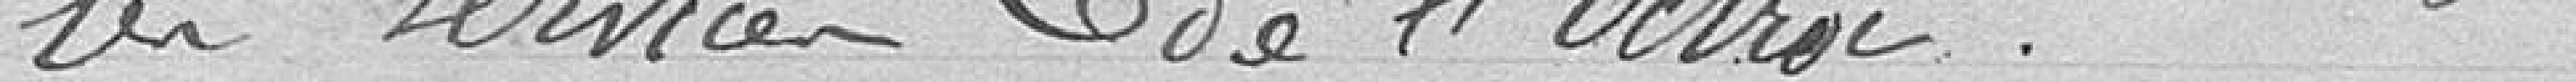
les services de l'octroi